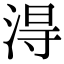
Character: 淂